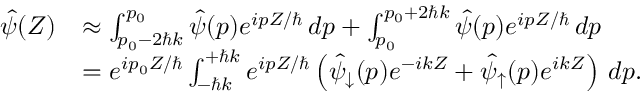
\begin{array} { r l } { \hat { \psi } ( Z ) } & { \approx \int _ { p _ { 0 } - 2 \hbar k } ^ { p _ { 0 } } \hat { \psi } ( p ) e ^ { i p Z / \hbar } \, d p + \int _ { p _ { 0 } } ^ { p _ { 0 } + 2 \hbar k } \hat { \psi } ( p ) e ^ { i p Z / \hbar } \, d p } \\ & { = e ^ { i p _ { 0 } Z / \hbar } \int _ { - \hbar k } ^ { + \hbar k } e ^ { i p Z / \hbar } \left( \hat { \psi } _ { \downarrow } ( p ) e ^ { - i k Z } + \hat { \psi } _ { \uparrow } ( p ) e ^ { i k Z } \right) \, d p . } \end{array}